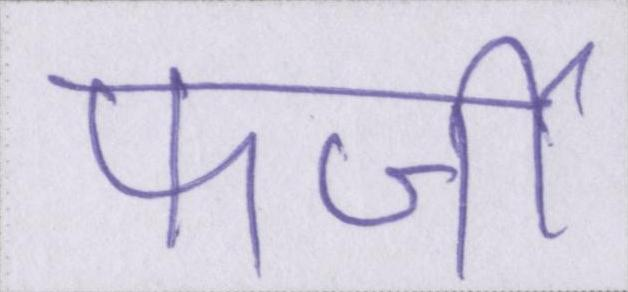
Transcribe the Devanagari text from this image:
फर्जी